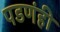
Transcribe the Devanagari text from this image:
पडणंही